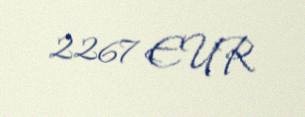
2267 EUR